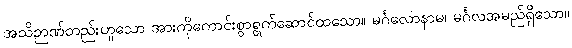
အသိဉာဏ်တည်းဟူသော အားကိုကောင်းစွာရွက်ဆောင်ထသော။ မင်္ဂလောနာမ၊ မင်္ဂလအမည်ရှိသော။